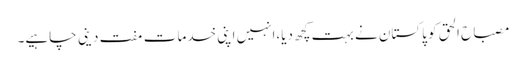
مصباح الحق کو پاکستان نے بہت کچھ دیا،انہیں اپنی خدمات مفت دینی چاہیے۔